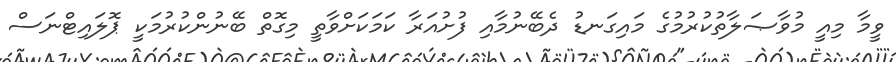
ވީމާ މިއީ މުވާޞަލާތުކުރުމުގެ މައިގަނޑު ދެބޭނުމާއި ފުށުއަރާ ކަމަކަށްވާތީ މިގޮތް ބޭނުންކުރުމަކީ ޕޮލައިޓްނަސް